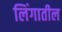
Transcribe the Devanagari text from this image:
लिंगातील